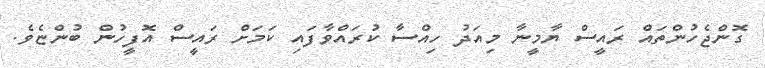
ގޮންޖެހުންތައް ރައީސް ޔާމީނާ މިއަދު ހިއްސާ ކުރައްވާފައި ކަމަށް ރައީސް އޮފީހުން ބުންޏެވެ.